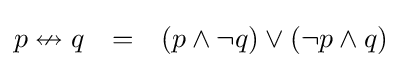
{\begin{matrix}p\nleftrightarrow q&=&(p\land \lnot q)\lor (\lnot p\land q)\end{matrix}}